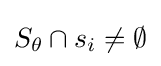
S_{\theta }\cap s_{i}\neq \emptyset